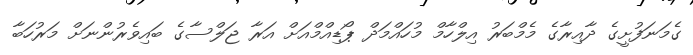
ގެމަނަފުށީގެ ދާއިރާގެ މެމްބަރު އިލްހާމް މުހައްމަދް ޕޯޑިއްމްއަށް އަރާ ޖަލްސާގެ ބައިވެރުންނަށް މަރުހަބާ